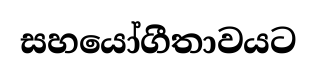
සහයෝගීතාවයට